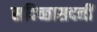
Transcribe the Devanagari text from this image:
सदिच्छासदनीं